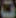
ت